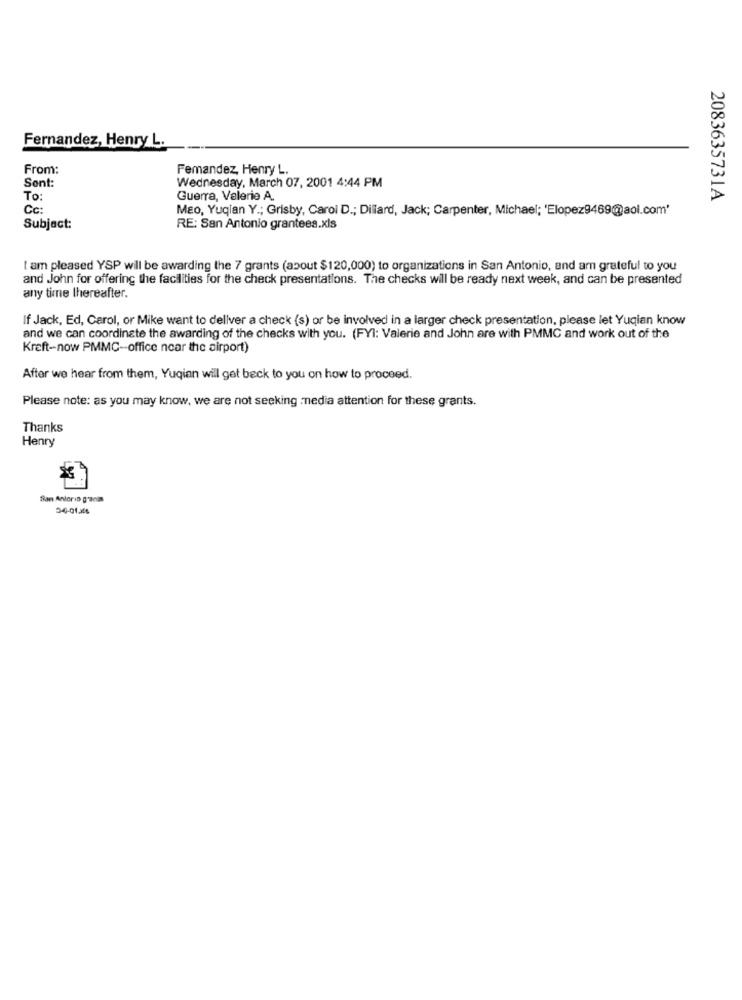
Fernandez, Henry L.
From:
Femandez, Henry L.
Sent:
Wednesday, March 07, 2001 4:44 PM
To:
Guerra, Valerie A.
2083635731A
Cc:
MEo, Yuqian Y .; Grisby, Carol D .; Dillard, Jack; Carpenter, Michael; 'Elopez9469@aol.com'
Subject:
RE: San Antonio grantees.xls
I am pleased YSP will be awarding the 7 grants (about $120,000) to organizations in San Antonio, and am grateful to you
and John for offering the facilities for the check presentations. The checks will be ready next week, and can be presented
any time thereafter.
If Jack, Ed, Carol, or Mike want to deliver a check (s) or be involved in a larger check presentation, please let Yuqian know
and we can coordinate the awarding of the checks with you. (FYI: Valerie and John are with PMMC and work out of the
Kreft-now PMMC-office near the airport)
After we hear from them, Yuqian will get back to you on how to proceed.
Please note: as you may know, we are not seeking :media attention for these grants.
Thanks
Henry
fian Anlorin g'anis